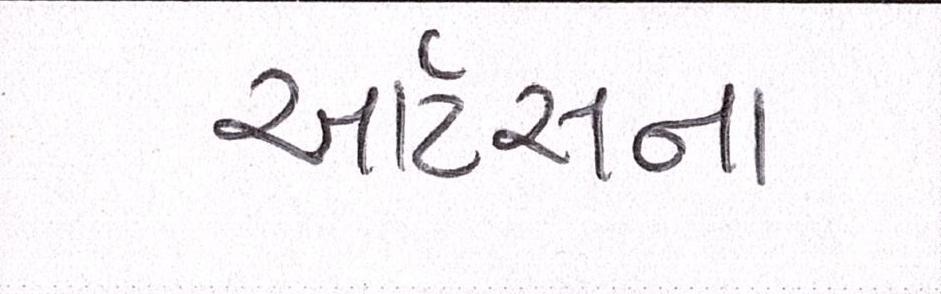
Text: આર્ટસના